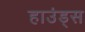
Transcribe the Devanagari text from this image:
हाउंड्स